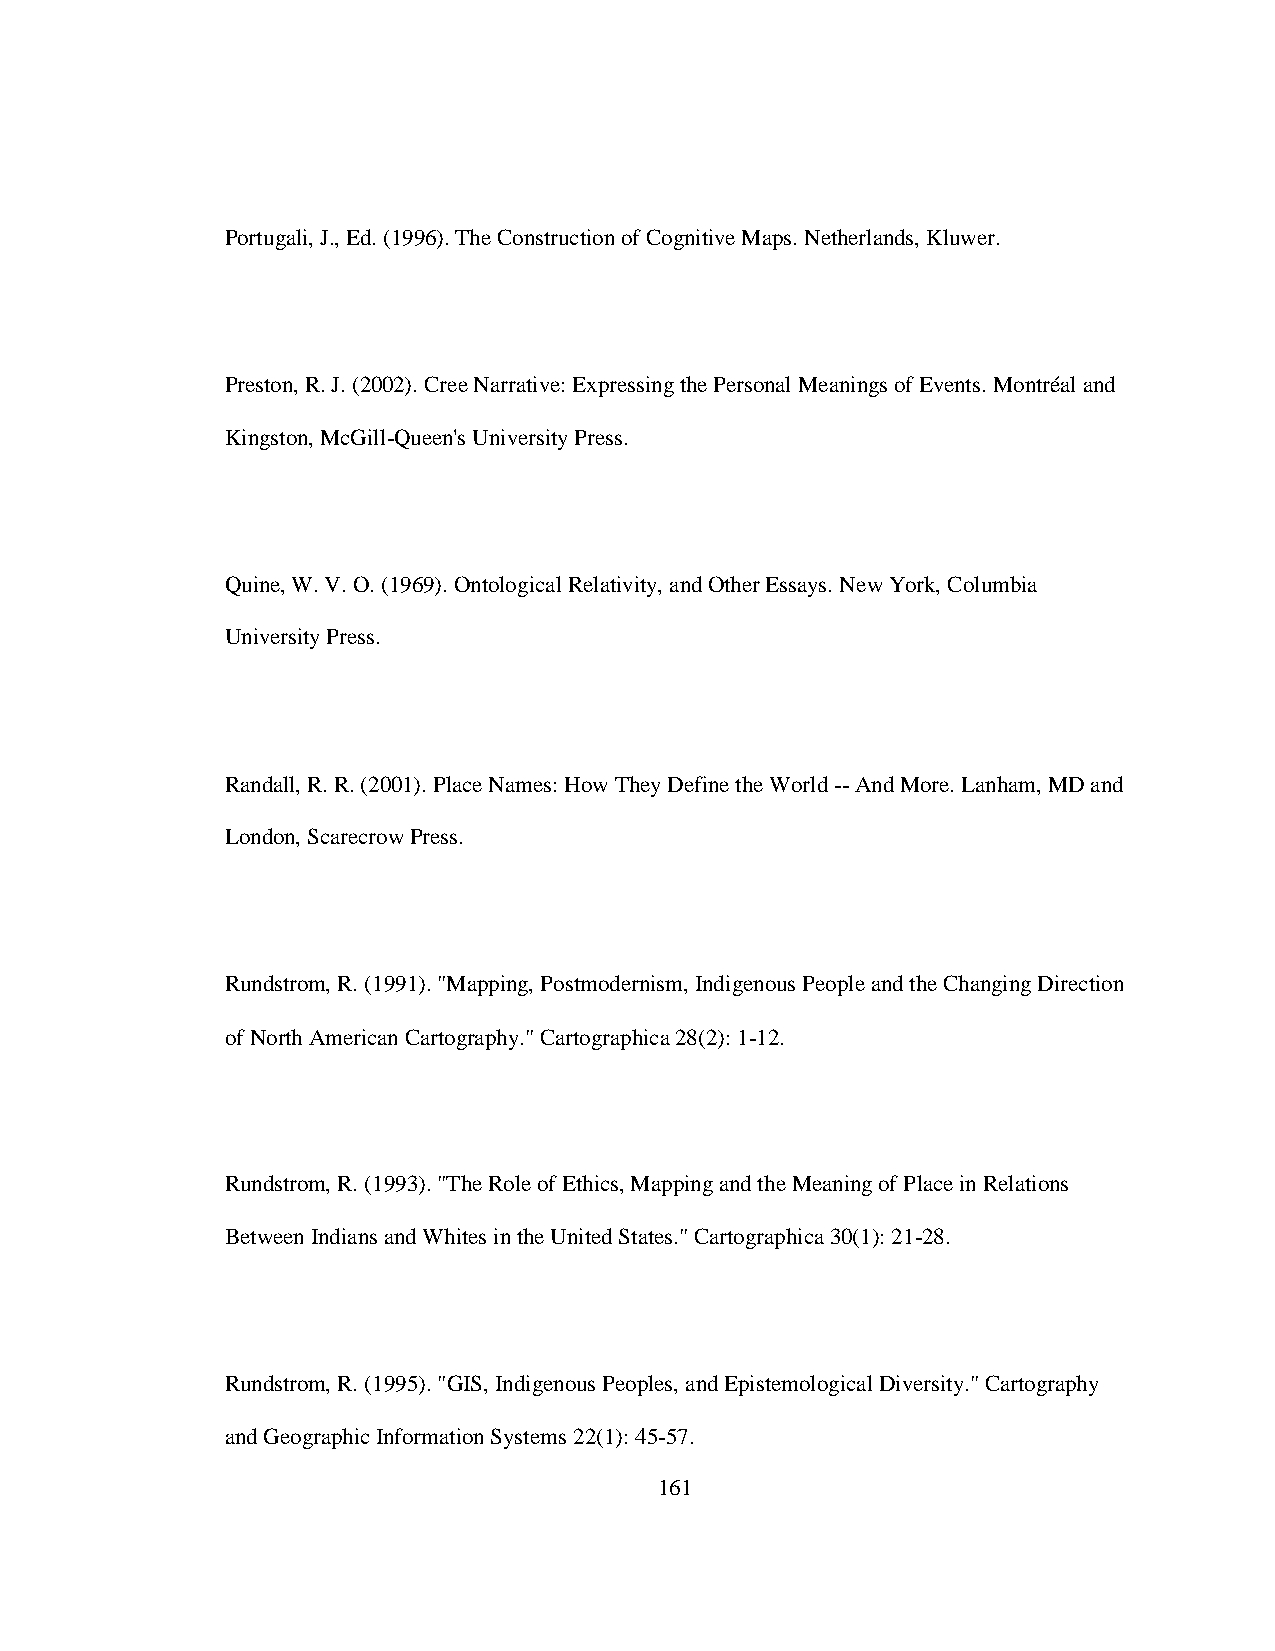
Portugali, J., Ed. (1996). The Construction of Cognitive Maps. Netherlands, Kluwer.
 Preston, R. J. (2002). Cree Narrative: Expressing the Personal Meanings of Events. Montréal and
 Kingston, McGill-Queen's University Press.
 Quine, W. V. O. (1969). Ontological Relativity, and Other Essays. New York, Columbia
 University Press.
 Randall, R. R. (2001). Place Names: How They Define the World -- And More. Lanham, MD and
 London, Scarecrow Press.
 Rundstrom, R. (1991). "Mapping, Postmodernism, Indigenous People and the Changing Direction
 of North American Cartography." Cartographica 28(2): 1-12.
 Rundstrom, R. (1993). "The Role of Ethics, Mapping and the Meaning of Place in Relations
 Between Indians and Whites in the United States." Cartographica 30(1): 21-28.
 Rundstrom, R. (1995). "GIS, Indigenous Peoples, and Epistemological Diversity." Cartography
 and Geographic Information Systems 22(1): 45-57.
 161